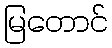
မြတောင်